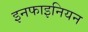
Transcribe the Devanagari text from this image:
इनफाइनियन